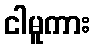
ငါမူကား